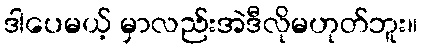
ဒါပေမယ့် မှာလည်းအဲဒီလိုမဟုတ်ဘူး။